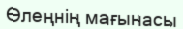
Өлеңнің мағынасы